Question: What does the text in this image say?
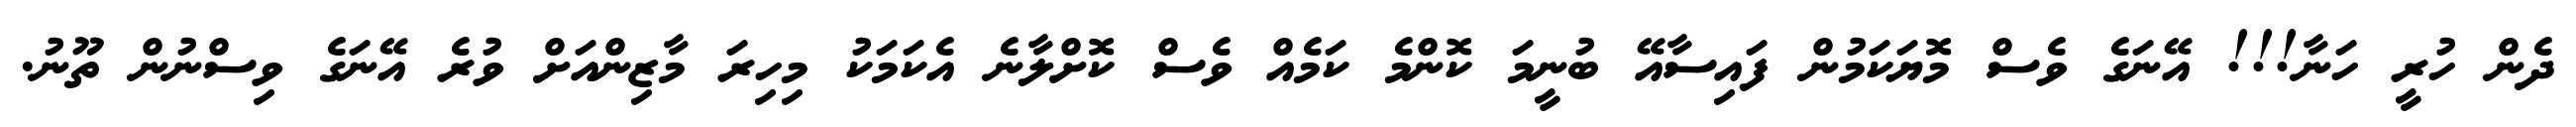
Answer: ދެން ހުރީ ހަނާ!!! އޭނަގެ ވެސް މޮޔަކަމުން ފައިސާއޭ ބުނީމަ ކޮންމެ ކަމެއް ވެސް ކޮށްލާނެ އެކަމަކު މިހިރަ މާޒިންއަށް ވުރެ އޭނަގެ ވިސްނުން ތޫނު.